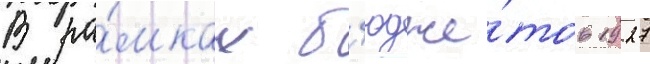
В ра́мках б'юдже́тов 1927